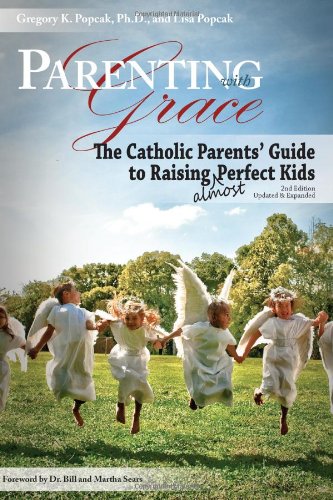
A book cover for Parenting with Grace: The Catholic Parents' Guide to Raising almost Perfect Kids; Gregory K. Popcak; Christian Books & Bibles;